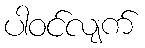
ပါဝင်လျက်